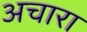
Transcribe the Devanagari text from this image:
अचारा